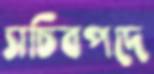
সচিবপদে